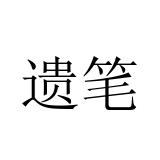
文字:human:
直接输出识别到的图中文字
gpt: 遗笔